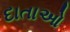
દાતાઓ